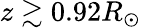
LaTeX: z\gtrsim 0.92R_{\odot}